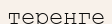
тереңге